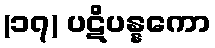
(၁၇) ပဋိပန္နကော